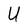
Character: U